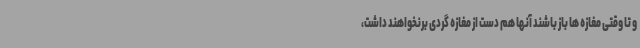
و تا وقتی مغازه ها باز باشند آنها هم دست از مغازه گردی برنخواهند داشت،